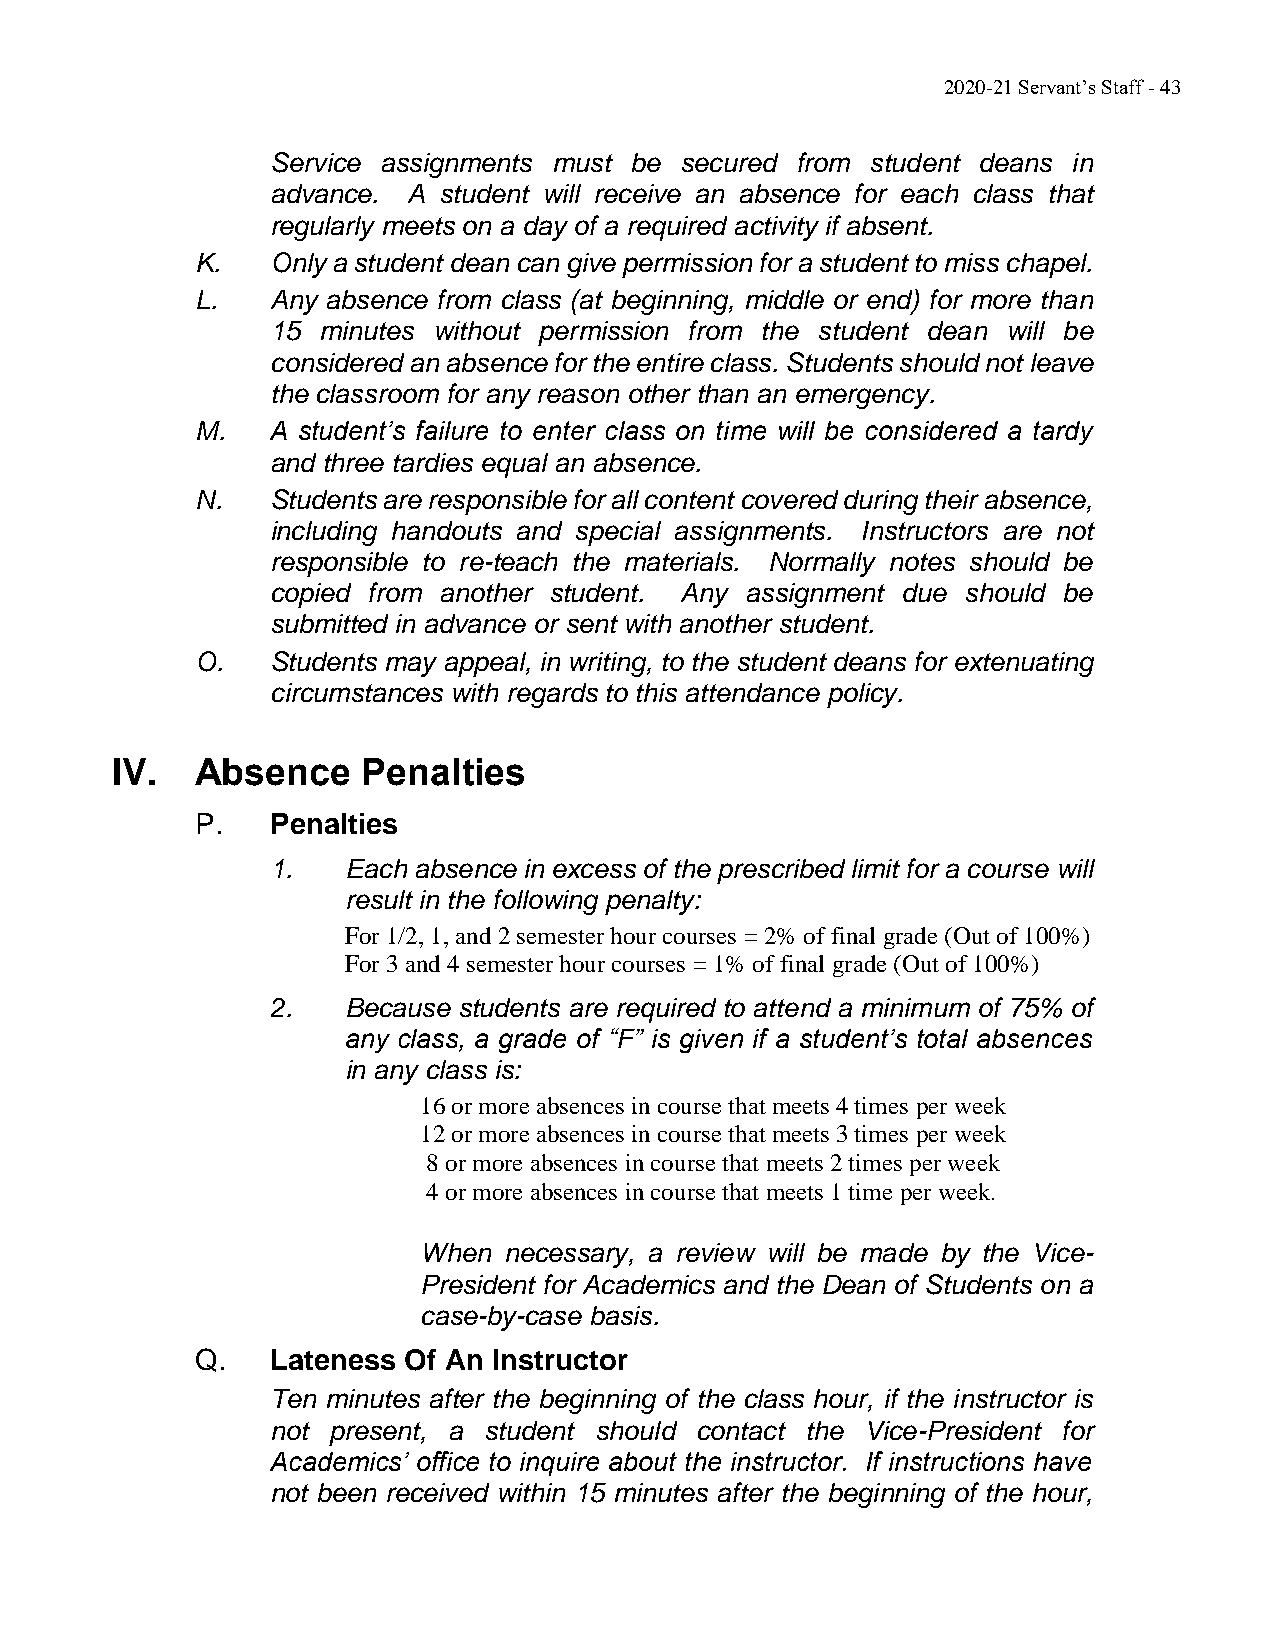
2020-21 Servant’s Staff - 43
 Service assignments must be secured from student deans in
 advance. A student will receive an absence for each class that
 regularly meets on a day of a required activity if absent.
 K.   Only a student dean can give permission for a student to miss chapel.
 L.   Any absence from class (at beginning, middle or end) for more than
 15 minutes without permission from the student dean will be
 considered an absence for the entire class. Students should not leave
 the classroom for any reason other than an emergency.
 M.   A student’s failure to enter class on time will be considered a tardy
 and three tardies equal an absence.
 N.   Students are responsible for all content covered during their absence,
 including handouts and special assignments. Instructors are not
 responsible to re-teach the materials. Normally notes should be
 copied from another student. Any assignment due should be
 submitted in advance or sent with another student.
 O.   Students may appeal, in writing, to the student deans for extenuating
 circumstances with regards to this attendance policy.
 IV.   Absence    Penalties
 P.   Penalties
 1.   Each absence in excess of the prescribed limit for a course will
 result in the following penalty:
 For 1/2, 1, and 2 semester hour courses = 2% of final grade (Out of 100%)
 For 3 and 4 semester hour courses = 1% of final grade (Out of 100%)
 2.   Because students are required to attend a minimum of 75% of
 any class, a grade of “F” is given if a student’s total absences
 in any class is:
 16 or more absences in course that meets 4 times per week
 12 or more absences in course that meets 3 times per week
 8 or more absences in course that meets 2 times per week
 4 or more absences in course that meets 1 time per week.
 When necessary, a review will be made by the Vice-
 President for Academics and the Dean of Students on a
 case-by-case basis.
 Q.   Lateness Of An Instructor
 Ten minutes after the beginning of the class hour, if the instructor is
 not present, a student should contact the Vice-President for
 Academics’ office to inquire about the instructor. If instructions have
 not been received within 15 minutes after the beginning of the hour,